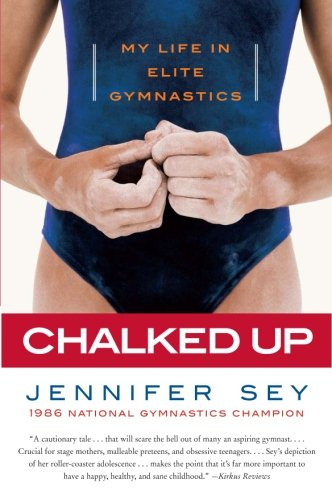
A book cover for Chalked Up: My Life in Elite Gymnastics; Jennifer Sey; Sports & Outdoors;